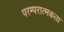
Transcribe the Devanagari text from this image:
परम्परात्मकता